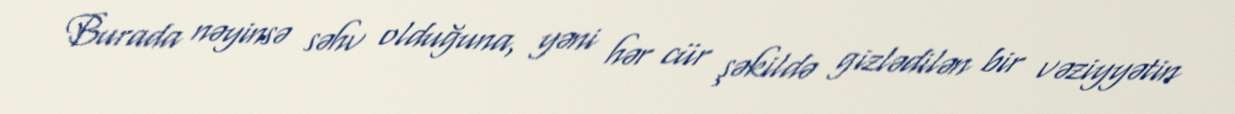
Burada nəyinsə səhv olduğuna, yəni hər cür şəkildə gizlədilən bir vəziyyətin